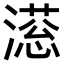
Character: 𣽫